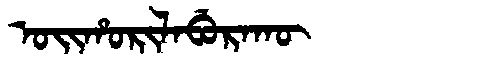
Manchu: ᠣᡳᡥᠣᡵᡳᠯᠠᠪᡠᡵᠠᡴᡡ
Romanization: OIHORILABURAKŪ